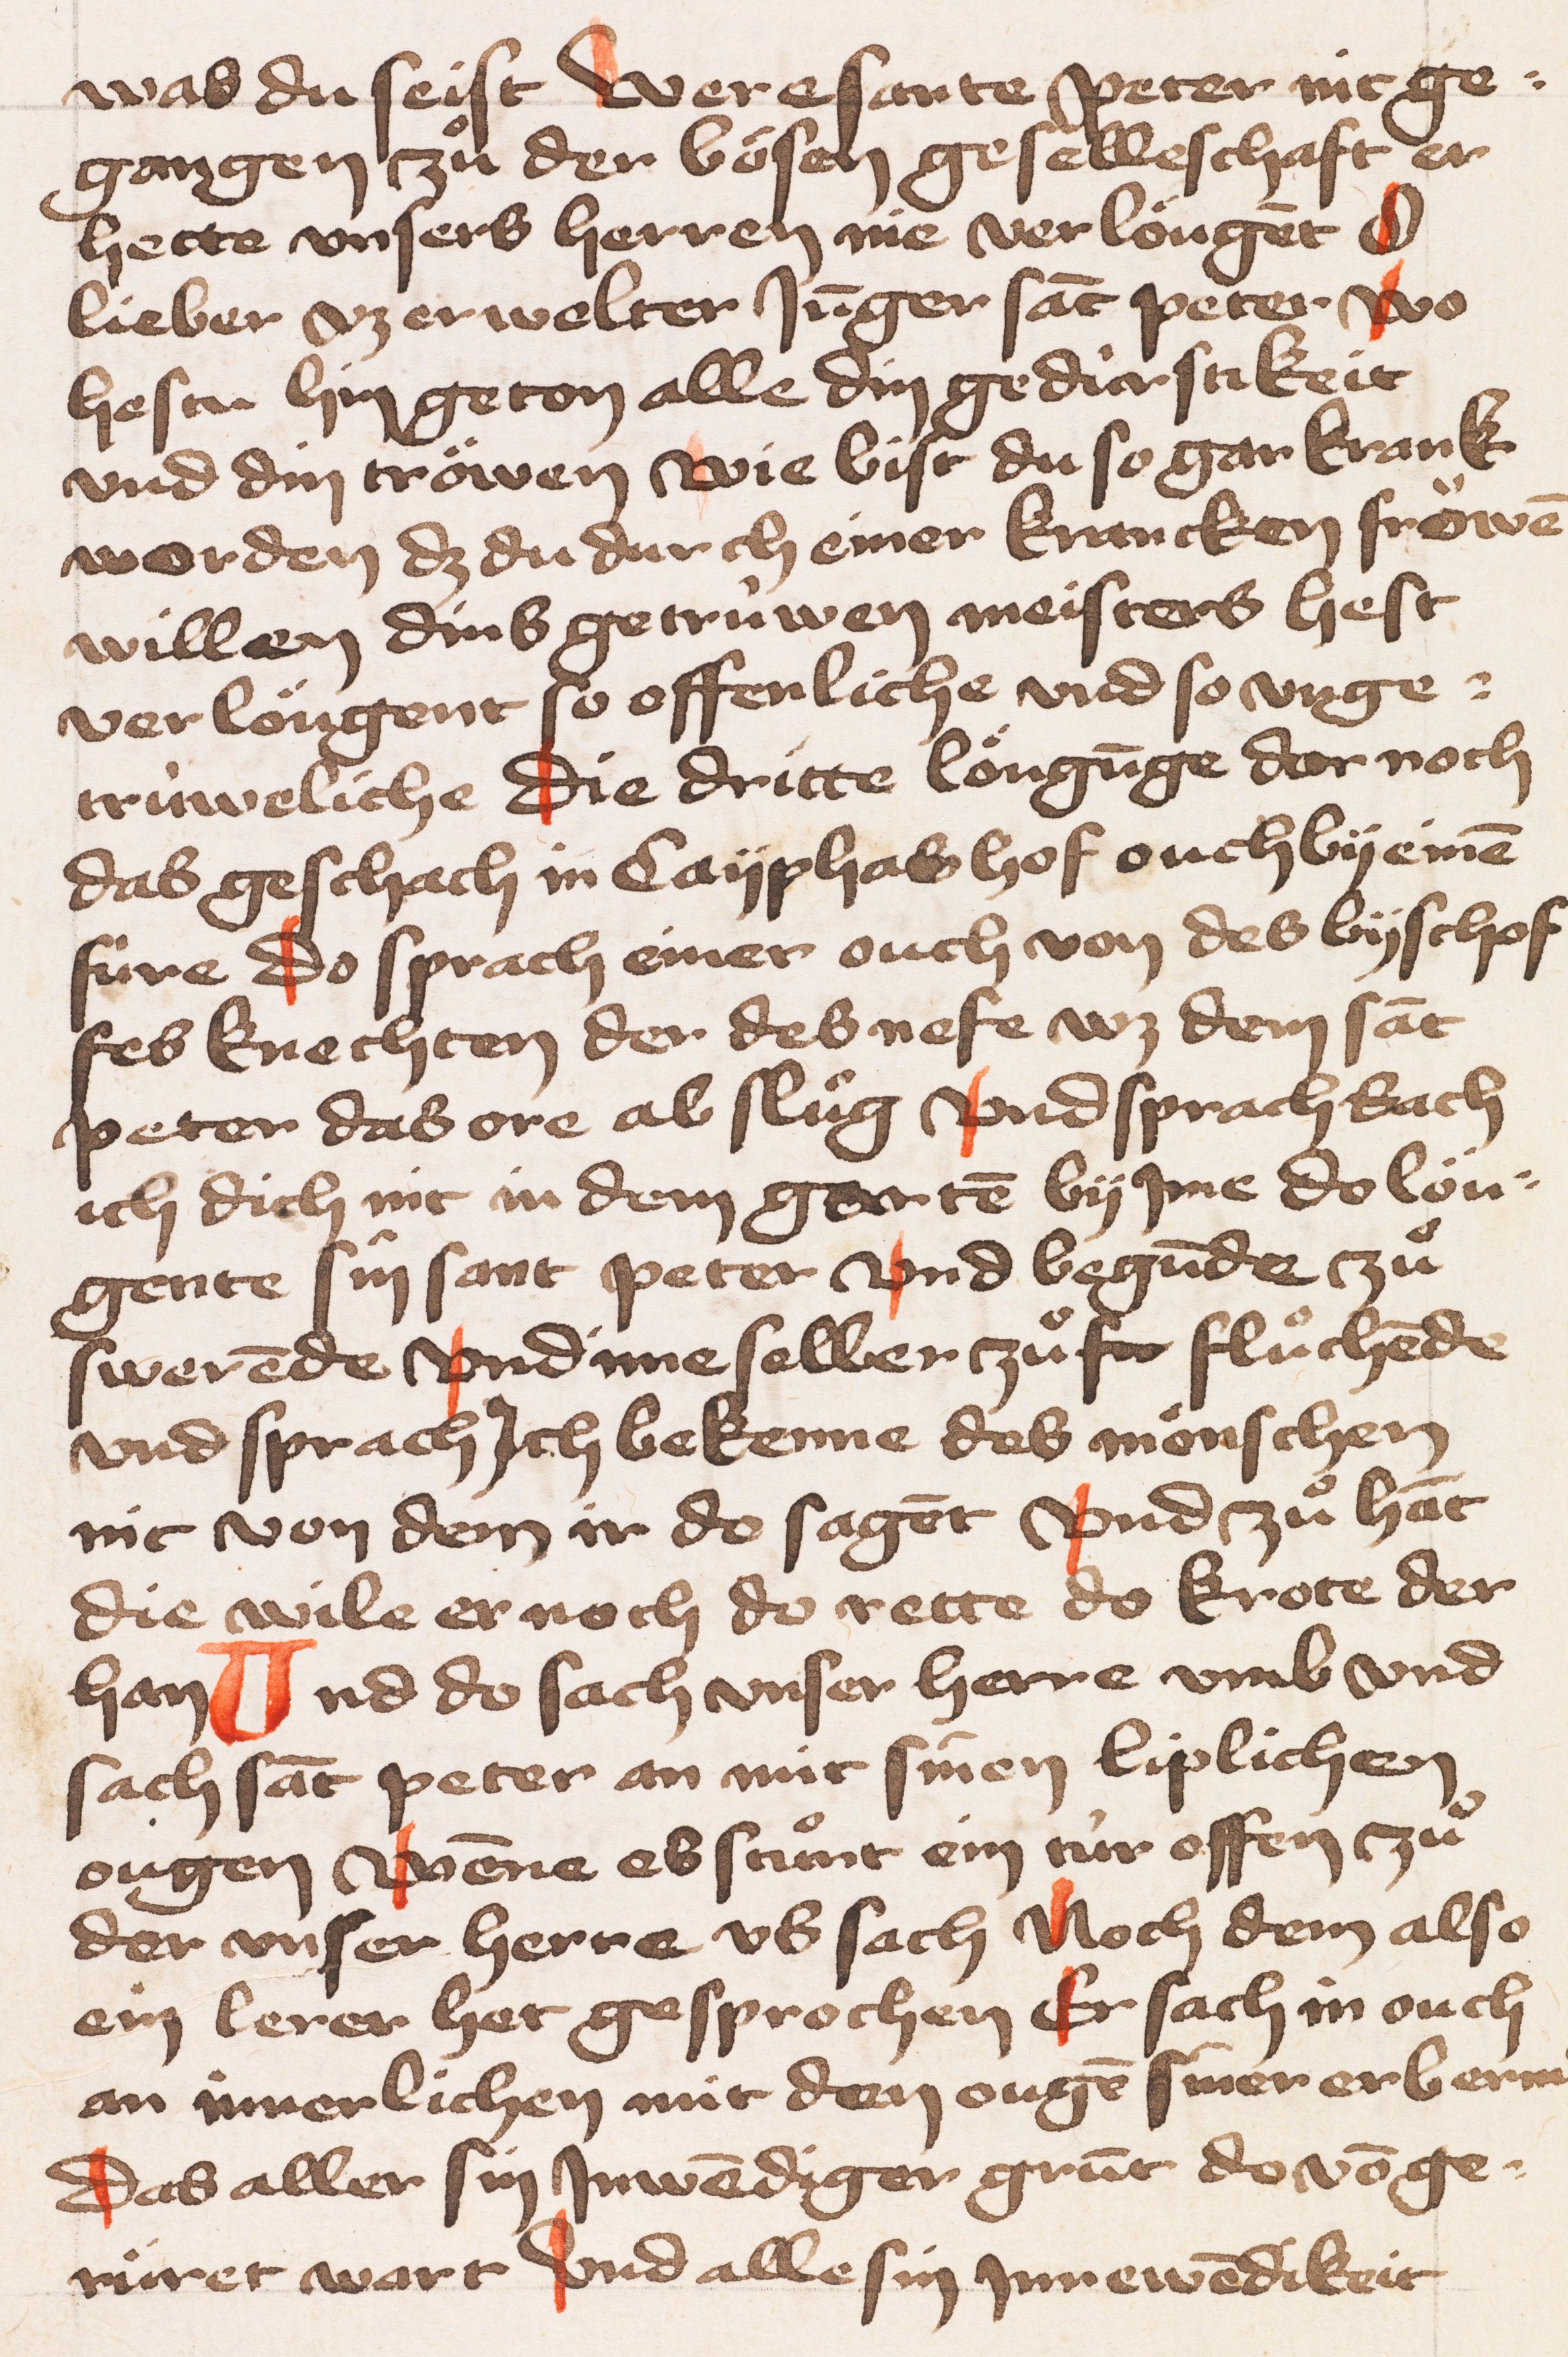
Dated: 1428–1428